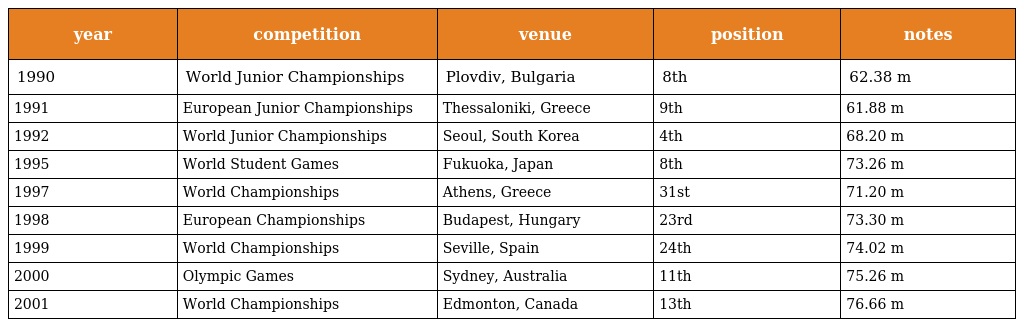
| year | competition | venue | position | notes |
 | --- | --- | --- | --- | --- |
 | 1990 | World Junior Championships | Plovdiv, Bulgaria | 8th | 62.38 m |
 | 1991 | European Junior Championships | Thessaloniki, Greece | 9th | 61.88 m |
 | 1992 | World Junior Championships | Seoul, South Korea | 4th | 68.20 m |
 | 1995 | World Student Games | Fukuoka, Japan | 8th | 73.26 m |
 | 1997 | World Championships | Athens, Greece | 31st | 71.20 m |
 | 1998 | European Championships | Budapest, Hungary | 23rd | 73.30 m |
 | 1999 | World Championships | Seville, Spain | 24th | 74.02 m |
 | 2000 | Olympic Games | Sydney, Australia | 11th | 75.26 m |
 | 2001 | World Championships | Edmonton, Canada | 13th | 76.66 m |